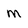
Character: m